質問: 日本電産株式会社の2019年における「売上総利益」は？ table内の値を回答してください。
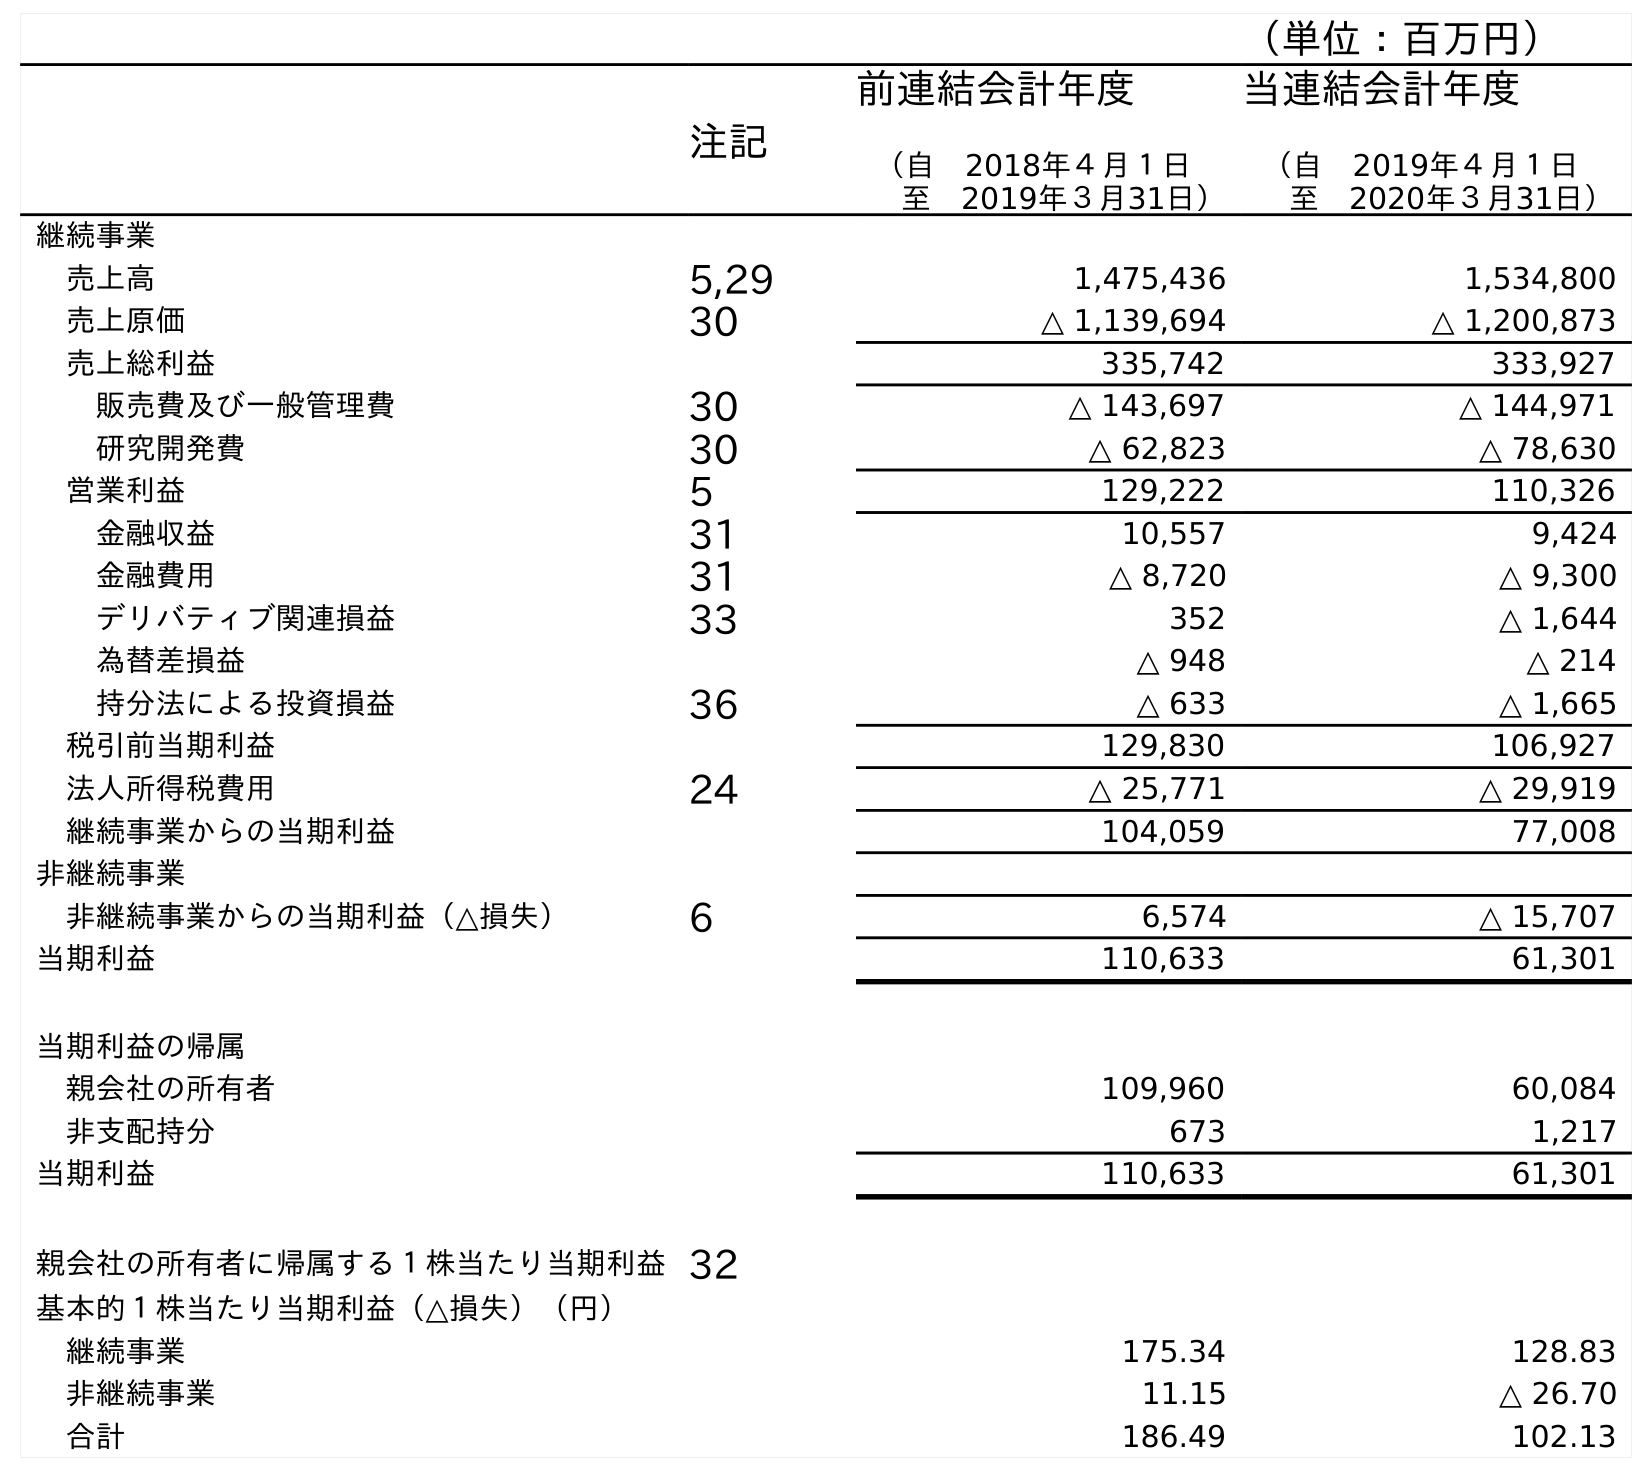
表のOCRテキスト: （単位：百万円） 注記 前連結会計年度 （自 2018年４月１日 至 2019年３月31日） 当連結会計年度 （自 2019年４月１日 至 2020年３月31日） 継続事業 売上高 5,29 1,475,436 1,534,800 売上原価 30 △ 1,139,694 △ 1,200,873 売上総利益 335,742 333,927 販売費及び一般管理費 30 △ 143,697 △ 144,971 研究開発費 30 △ 62,823 △ 78,630 営業利益 5 129,222 110,326 金融収益 31 10,557 9,424 金融費用 31 △ 8,720 △ 9,300 デリバティブ関連損益 33 352 △ 1,644 為替差損益 △ 948 △ 214 持分法による投資損益 36 △ 633 △ 1,665 税引前当期利益 129,830 106,927 法人所得税費用 24 △ 25,771 △ 29,919 継続事業からの当期利益 104,059 77,008 非継続事業 非継続事業からの当期利益（△損失） 6 6,574 △ 15,707 当期利益 110,633 61,301 当期利益の帰属 親会社の所有者 109,960 60,084 非支配持分 673 1,217 当期利益 110,633 61,301 親会社の所有者に帰属する１株当たり当期利益32 基本的１株当たり当期利益（△損失）（円） 継続事業 175.34 128.83 非継続事業 11.15 △ 26.70 合計 186.49 102.13
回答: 335,742